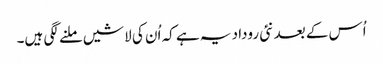
اُس کے بعد نئی روداد یہ ہے کہ اُن کی لاشیں ملنے لگی ہیں۔